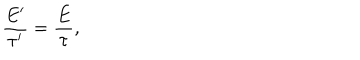
\frac { E ^ { \prime } } { \tau ^ { \prime } } = \frac { E } { \tau } ,